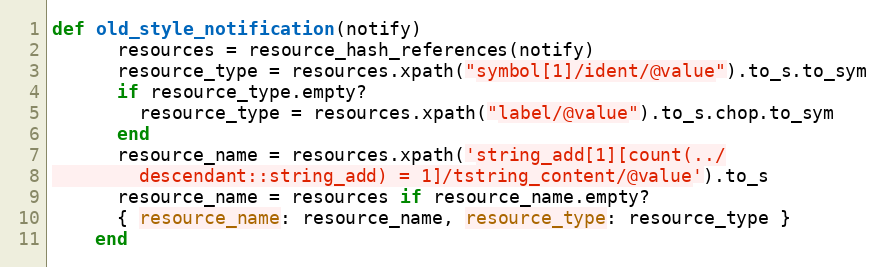
Language: Ruby
def old_style_notification(notify)
      resources = resource_hash_references(notify)
      resource_type = resources.xpath("symbol[1]/ident/@value").to_s.to_sym
      if resource_type.empty?
        resource_type = resources.xpath("label/@value").to_s.chop.to_sym
      end
      resource_name = resources.xpath('string_add[1][count(../
        descendant::string_add) = 1]/tstring_content/@value').to_s
      resource_name = resources if resource_name.empty?
      { resource_name: resource_name, resource_type: resource_type }
    end